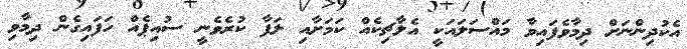
އެކުދިންނަށް ދިމާވެފައިވާ މައްސަލައަކީ އެލާޗިކެއް ކަމަށާއި ލަފާ ކުރެވެނީ ސުއިޕެއް ހަފައިގެން ދިމާވި